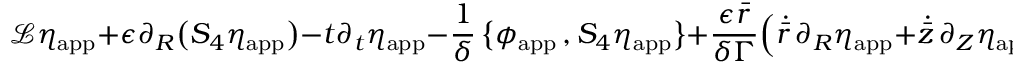
\mathcal { L } \eta _ { \mathrm { a p p } } + \epsilon \partial _ { R } \bigl ( S _ { 4 } \eta _ { \mathrm { a p p } } \bigr ) - t \partial _ { t } \eta _ { \mathrm { a p p } } - \frac { 1 } { \delta } \, \bigl \{ \phi _ { \mathrm { a p p } } \, , S _ { 4 } \eta _ { \mathrm { a p p } } \bigr \} + \frac { \epsilon \bar { r } } { \delta \Gamma } \Bigl ( \dot { \bar { r } } \, \partial _ { R } \eta _ { \mathrm { a p p } } + \dot { \bar { z } } \, \partial _ { Z } \eta _ { \mathrm { a p p } } \Bigr ) \, ,